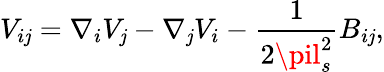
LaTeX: V_{i\mathit{j}}=\nabla_{i}V_{\mathit{j}}-\nabla_{\mathit{j}}V_{i}-\frac{{1}}{{2\pil_{s}^{2}}}B_{i\mathit{j}},